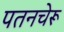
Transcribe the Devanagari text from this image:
पतनचेरू